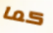
كما